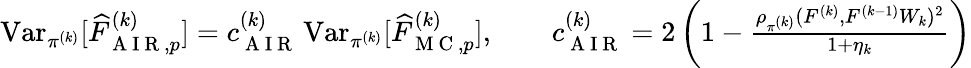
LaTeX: \begin{array}{r}{\operatorname{Var}_{\pi^{(k)}}[\widehat{F}_{\mathrm{~A~I~R~},p}^{(k)}]=c_{\mathrm{~A~I~R~}}^{(k)}\operatorname{Var}_{\pi^{(k)}}[\widehat{F}_{\mathrm{~M~C~},p}^{(k)}],\qquad c_{\mathrm{~A~I~R~}}^{(k)}=2\left(1-\frac{\rho_{\pi^{(k)}}(F^{(k)},F^{(k-1)}W_{k})^{2}}{1+\eta_{k}}\right)}\end{array}